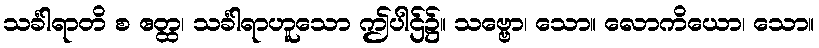
သင်္ခါရာတိ စ ဧတ္ထ၊ သင်္ခါရာဟူသော ဤပါဌ်၌။ သဗ္ဗော၊ သော။ လောကိယော၊ သော။